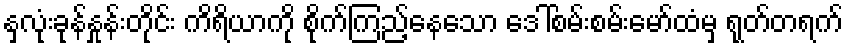
နှလုံးခုန်နှုန်းတိုင်း ကိရိယာကို စိုက်ကြည့်နေသော ဒေါ်စမ်းစမ်းမော်ထံမှ ရုတ်တရက်